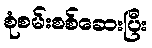
စုံစမ်းစစ်ဆေးပြီး